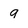
Character: q